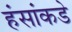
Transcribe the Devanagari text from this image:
हंसांकडे